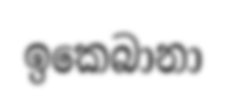
ඉකෙබානා